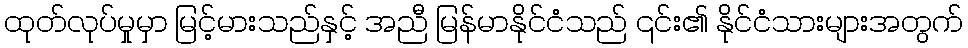
ထုတ်လုပ်မှုမှာ မြင့်မားသည်နှင့် အညီ မြန်မာနိုင်ငံသည် ၎င်း၏ နိုင်ငံသားများအတွက်